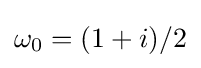
\omega _{0}=(1+i)/2